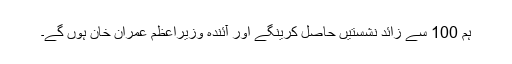
ہم 100 سے زائد نشستیں حاصل کرینگے اور آئندہ وزیراعظم عمران خان ہوں گے۔